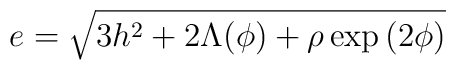
e=\sqrt{3 h^2+2 \Lambda(\phi) + \rho \exp{(2\phi)}}